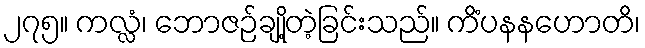
၂၇၅။ ကလ္လံ၊ ဘောဇဉ်ချို့တဲ့ခြင်းသည်။ ကိံပနနဟောတိ၊